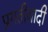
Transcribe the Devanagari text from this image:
प्रगतीवादी